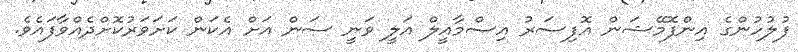
ފުލުހުންގެ އިންފޮމޭޝަން އޮފިސަރު އިސްމާއީލް އަލީ ވަނީ ސަން އަށް އެކަން ކަށަވަރުކޮށްދެއްވާފައެވެ.